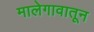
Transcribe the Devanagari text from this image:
मालेगावातून